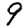
Digit: 9